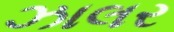
ઝાલર